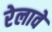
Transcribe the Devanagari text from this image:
रेलावे